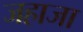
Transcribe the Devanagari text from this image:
जहाजा